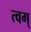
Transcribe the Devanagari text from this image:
त्वग्